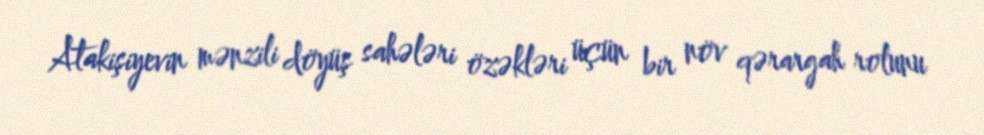
Atakişiyevin mənzili döyüş sahələri özəkləri üçün bir növ qərargah rolunu